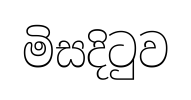
මිසදිටුව